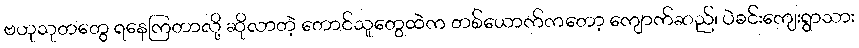
ဗဟုသုတတွေ ရနေကြတာလို့ ဆိုလာတဲ့ တောင်သူတွေထဲက တစ်ယောက်ကတော့ ကျောက်ဆည်၊ ပဲခင်းကျေးရွာသား